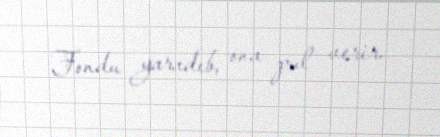
Fondu yaradıb, ona pul verir.